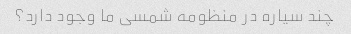
چند سیاره در منظومه شمسی ما وجود دارد؟